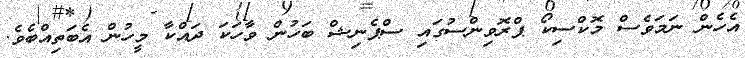
އެހެން ނަމަވެސް މޮކްސިކޯ ޕްރޮވިންސުގައި ސްޕެނިޝް ބަހުން ވާހަކަ ދައްްކާ މީހުން އެބަތިއްބެވެ.